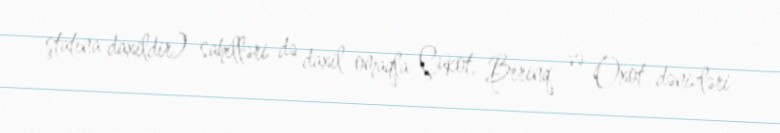
ştatına daxildir) sahilləri də daxil omaqla Çukot, Berinq və Oxot dənizləri